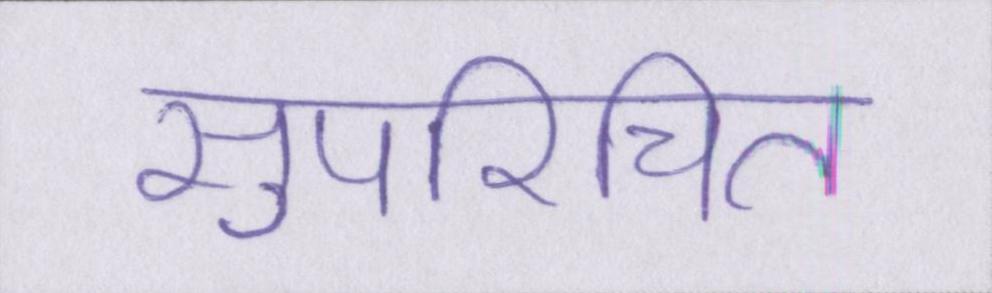
सुपरिचित